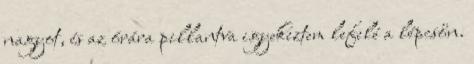
nagyot, és az órára pillantva igyekeztem lefelé a lépcsőn.